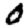
Digit: 0